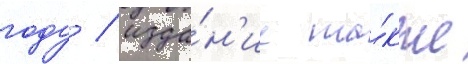
году / изда́н'ие та́кже